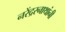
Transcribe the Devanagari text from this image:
नरेंद्ररनाथांनी